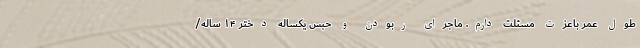
طول عمر باعزت مسئلت دارم. ماجرای ربودن و حبس یکساله دختر ۱۴ ساله/